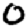
Digit: 0